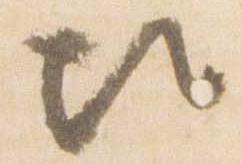
次